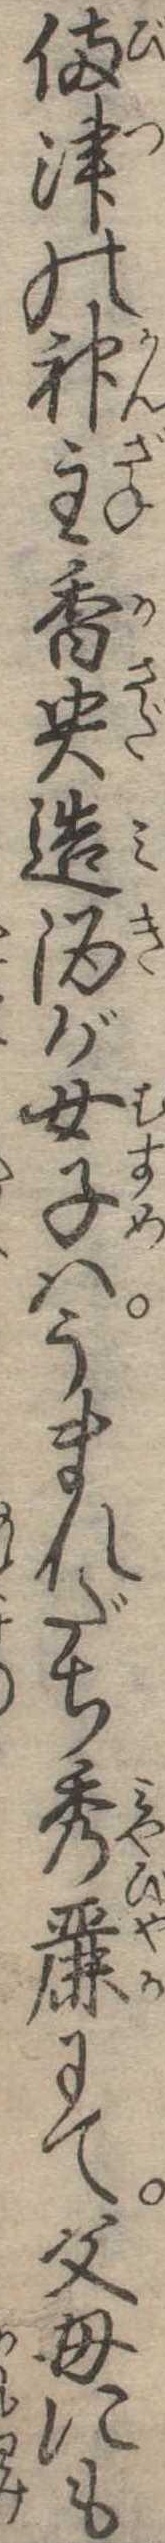
備津の神主香央造酒が女子はうまれだち秀麗にて父母にも